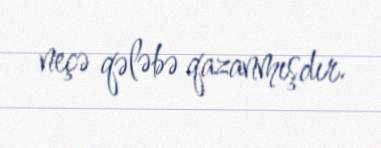
neçə qələbə qazanmışdır.